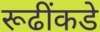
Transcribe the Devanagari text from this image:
रूढींकडे